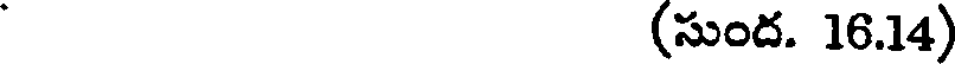
(సుంద. 16.14)